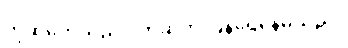
ကိုဆုကေသည် ပိုက်ဆံကို ပြန်ရေနေမိသည်။